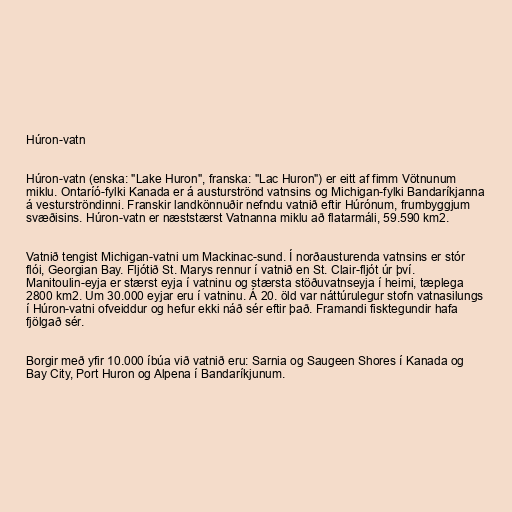
Húron-vatn

Húron-vatn (enska: "Lake Huron", franska: "Lac Huron") er eitt af fimm Vötnunum
miklu. Ontaríó-fylki Kanada er á austurströnd vatnsins og Michigan-fylki Bandaríkjanna
á vesturströndinni. Franskir landkönnuðir nefndu vatnið eftir Húrónum, frumbyggjum
svæðisins. Húron-vatn er næststærst Vatnanna miklu að flatarmáli, 59.590 km2.

Vatnið tengist Michigan-vatni um Mackinac-sund. Í norðausturenda vatnsins er stór
flói, Georgian Bay. Fljótið St. Marys rennur í vatnið en St. Clair-fljót úr því.
Manitoulin-eyja er stærst eyja í vatninu og stærsta stöðuvatnseyja í heimi, tæplega
2800 km2. Um 30.000 eyjar eru í vatninu. Á 20. öld var náttúrulegur stofn vatnasilungs
í Húron-vatni ofveiddur og hefur ekki náð sér eftir það. Framandi fisktegundir hafa
fjölgað sér.

Borgir með yfir 10.000 íbúa við vatnið eru: Sarnia og Saugeen Shores í Kanada og
Bay City, Port Huron og Alpena í Bandaríkjunum.